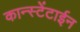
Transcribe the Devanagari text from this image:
कान्स्टेंटाईन